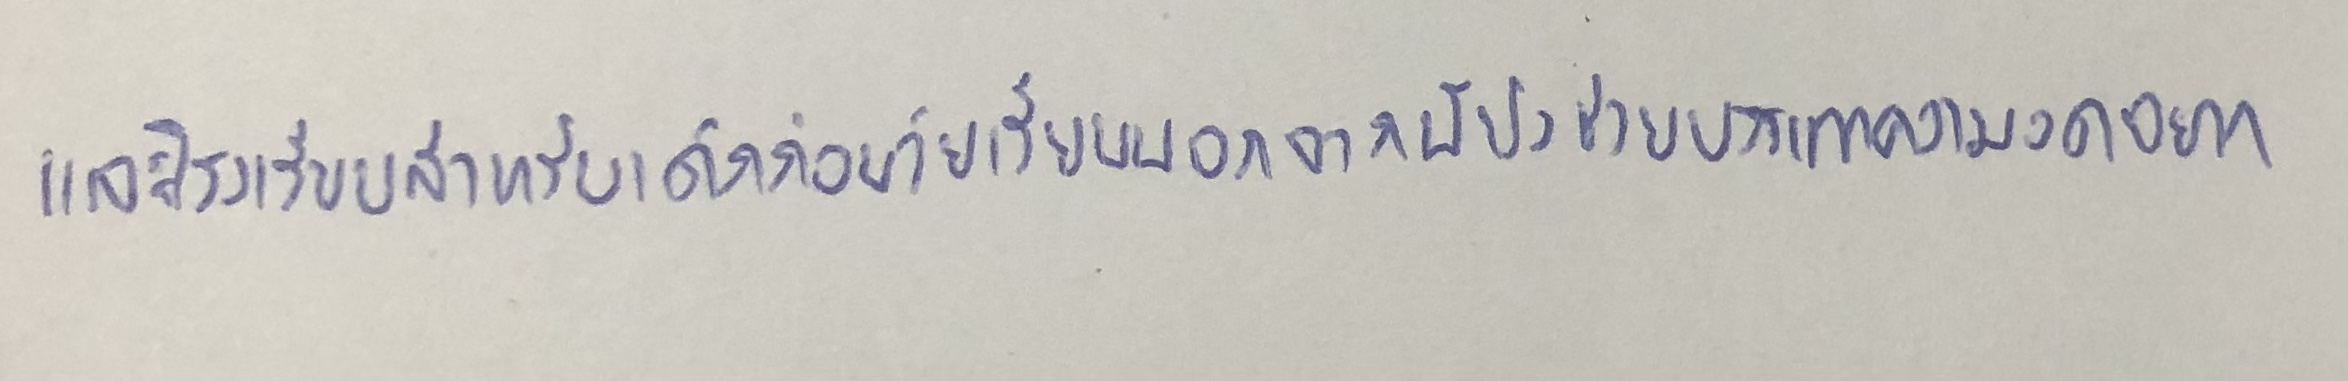
และโรงเรียนสำหรับเด็กก่อนวัยเรียนนอกจากนี้ยังช่วยบรรเทาความอดอยาก